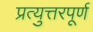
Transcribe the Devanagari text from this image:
प्रत्युत्तरपूर्ण